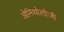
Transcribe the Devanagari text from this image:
ओमिथोलोजी